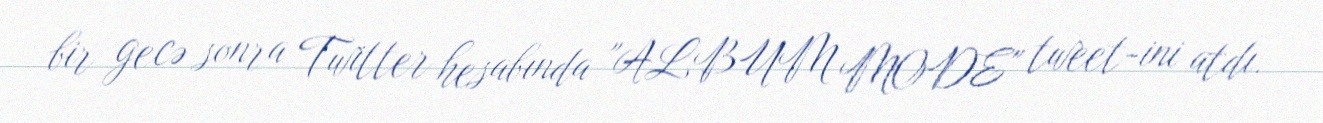
bir gecə sonra Twitter hesabında "ALBUM MODE" tweet-ini atdı.